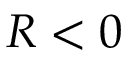
R < 0